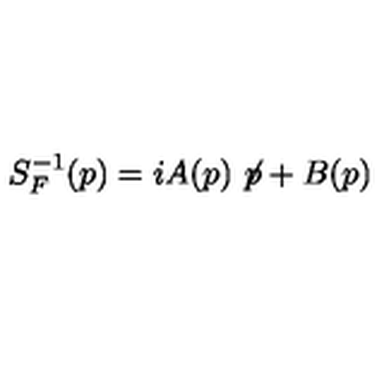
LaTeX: S _ { F } ^ { - 1 } ( p ) = i A ( p ) \not \! p + B ( p )